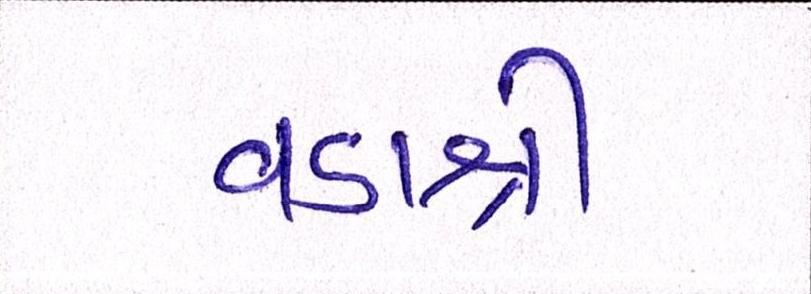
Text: વડાશ્રી